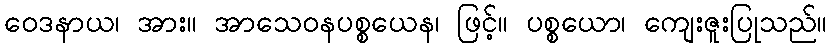
ဝေဒနာယ၊ အား။ အာသေဝနပစ္စယေန၊ ဖြင့်။ ပစ္စယော၊ ကျေးဇူးပြုသည်။